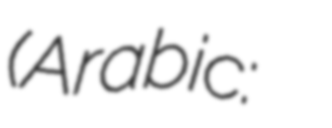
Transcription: (Arabic: نادي غاز